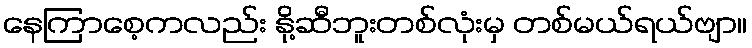
နေကြာစေ့ကလည်း နို့ဆီဘူးတစ်လုံးမှ တစ်မယ်ရယ်ဗျာ။